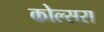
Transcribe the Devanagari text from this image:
कोल्‍सरा